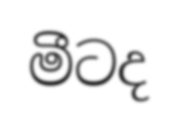
මීටද